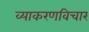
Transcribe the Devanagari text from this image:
व्याकरणविचार